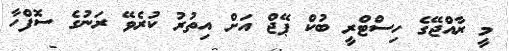
މީ ރާއްޖޭގެ ހިސްޓްރީ ބުކް ޕޭޖް އަށް އިތުރު ކުރެވޭ ރަނުގެ ސޮފްހާ